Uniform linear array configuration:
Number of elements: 8
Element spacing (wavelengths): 0.5
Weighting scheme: cosine
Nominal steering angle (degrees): -45
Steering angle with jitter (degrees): -46.482
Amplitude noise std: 0.05
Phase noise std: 0.05

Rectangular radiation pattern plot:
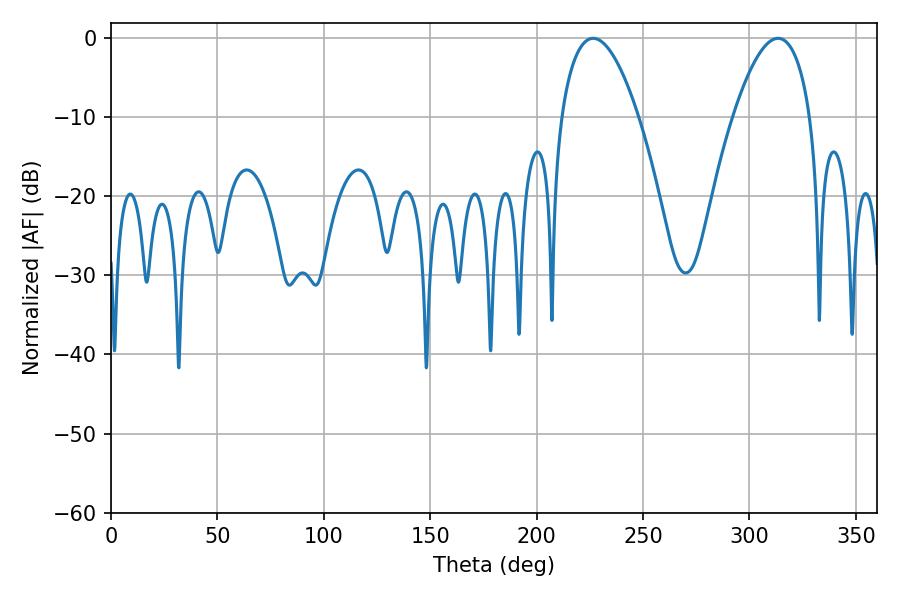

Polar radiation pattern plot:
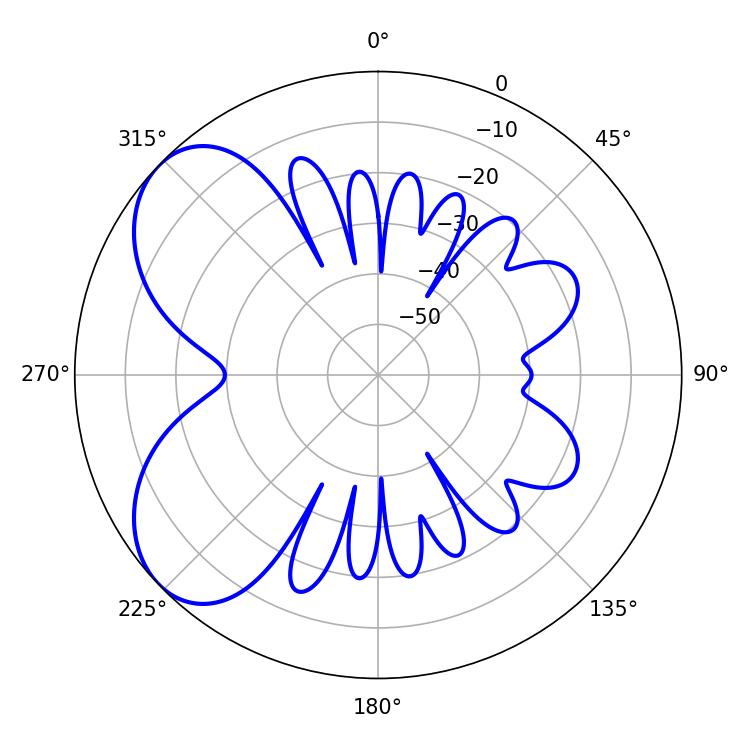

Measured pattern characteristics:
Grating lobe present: FALSE
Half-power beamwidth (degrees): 20.16
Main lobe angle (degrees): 226.62